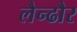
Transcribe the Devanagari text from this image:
लैन्ढौर